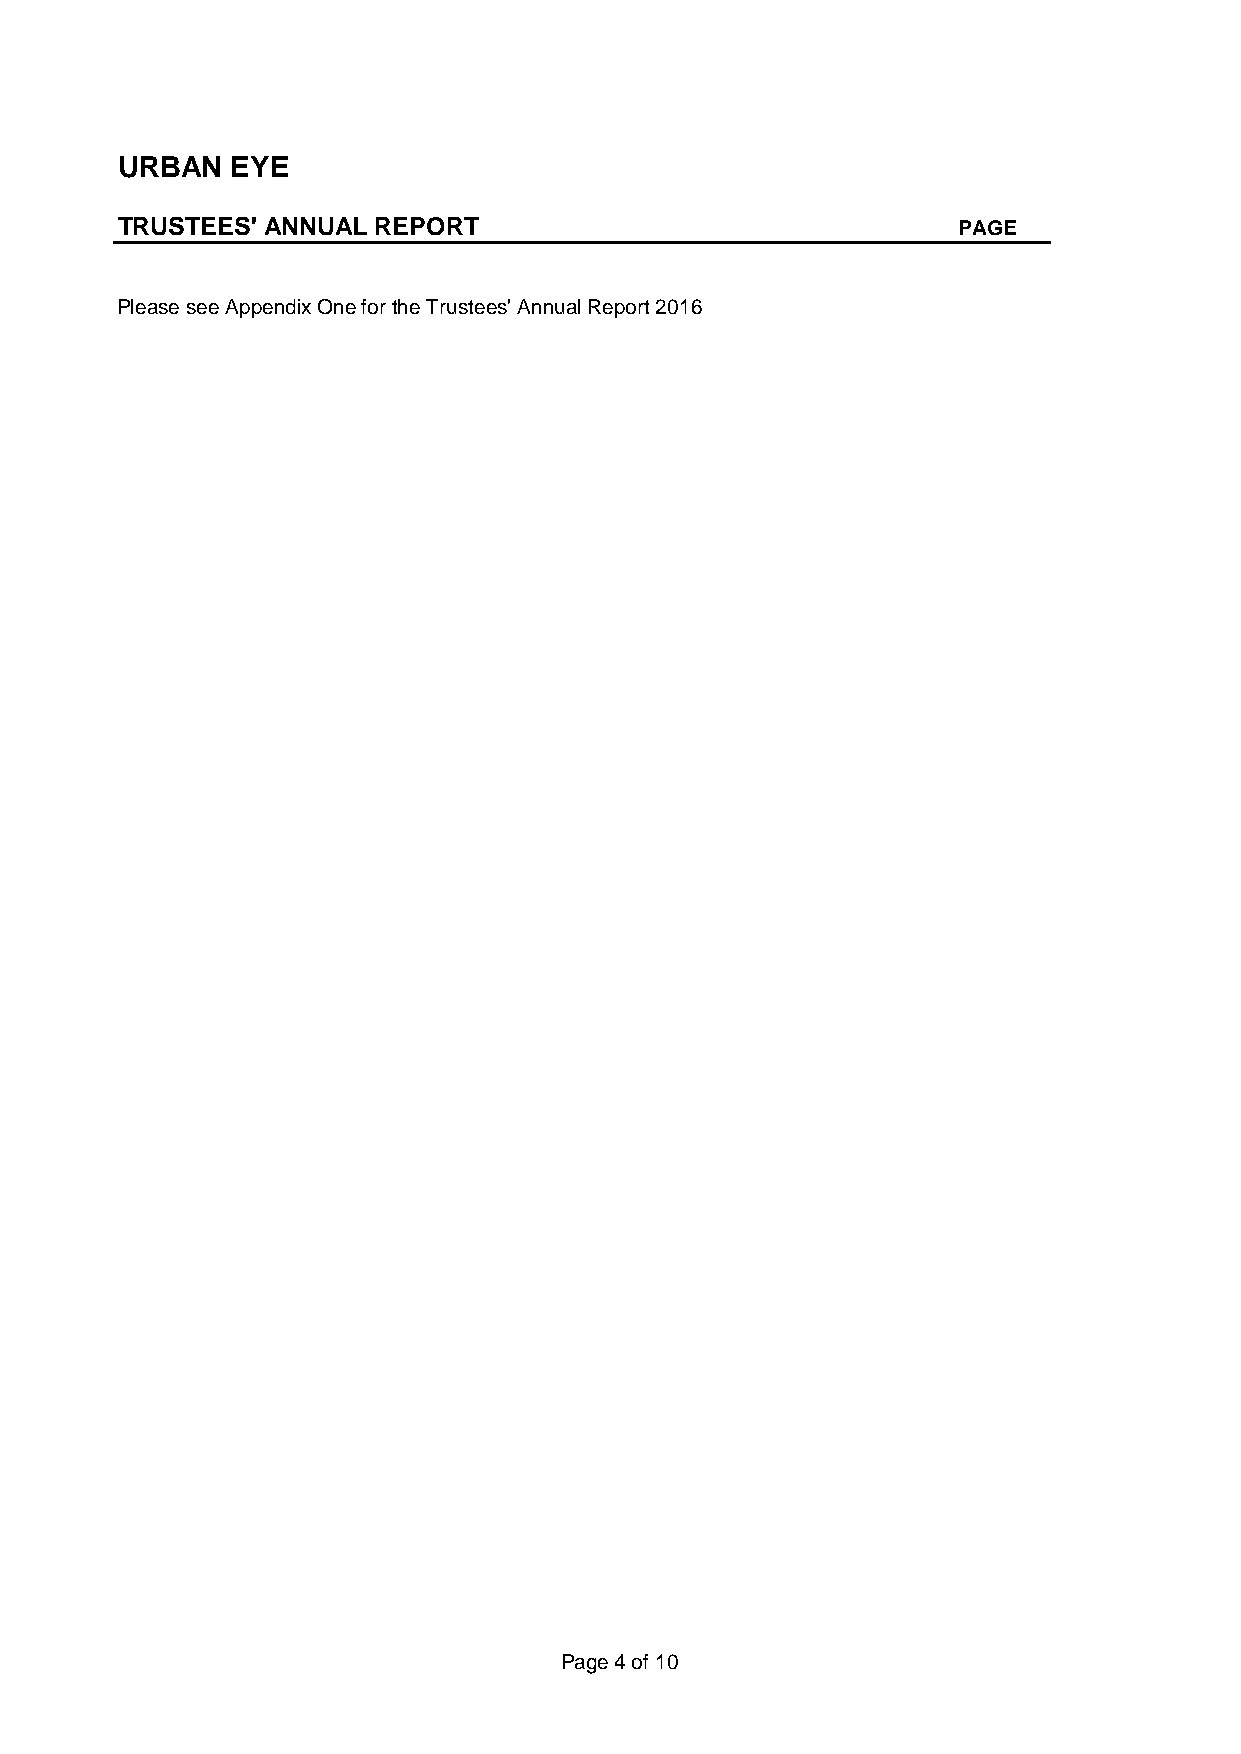
URBAN  EYE
 TRUSTEES' ANNUAL REPORT                                PAGE
 Please see Appendix One for the Trustees' Annual Report 2016
 Page 4 of 10